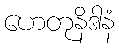
ဟေတုနိဒါနံ